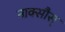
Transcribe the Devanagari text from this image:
नाक्सौस्